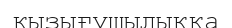
қызығушылыққа